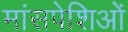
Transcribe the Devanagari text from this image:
मांसपेशिओं